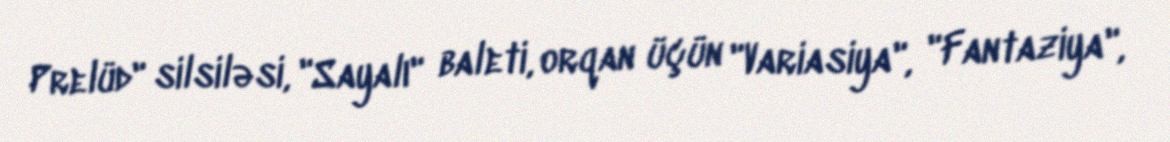
Prelüd" silsiləsi, "Sayalı" baleti, orqan üçün "Variasiya", "Fantaziya",